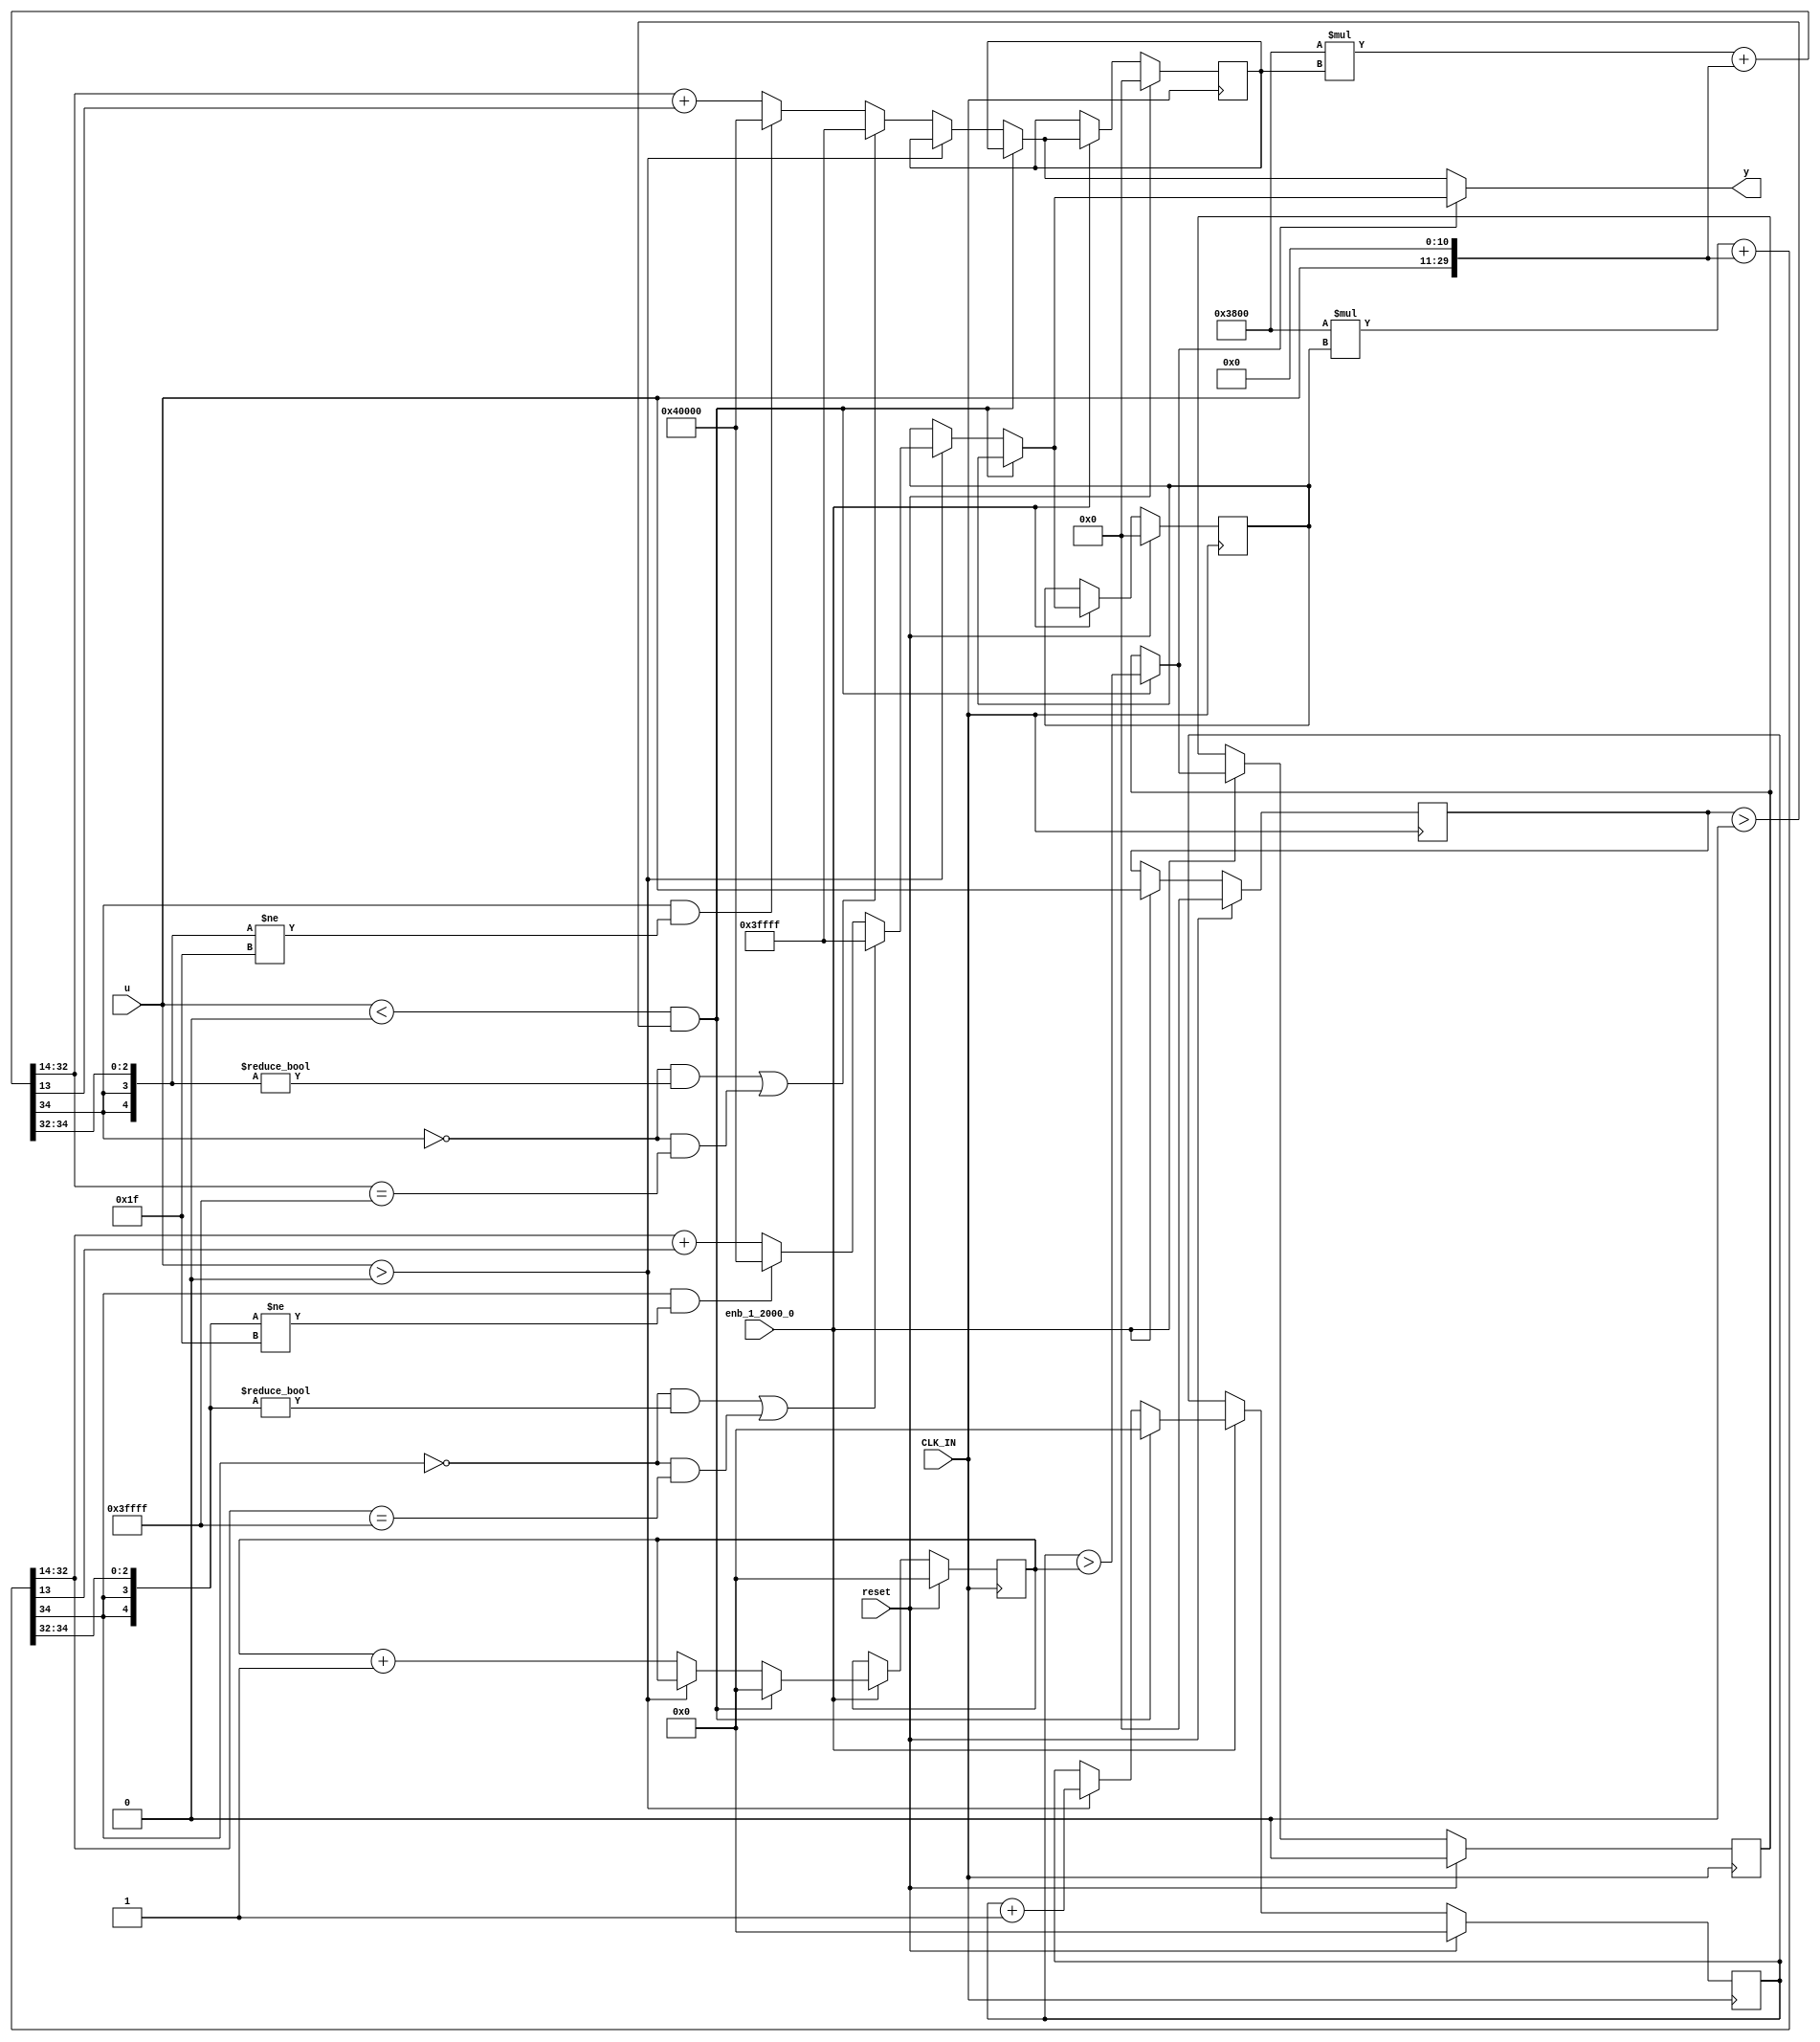
module controllerHdl_MATLAB_Function_block3
          (
           CLK_IN,
           reset,
           enb_1_2000_0,
           u,
           y
          );


  input   CLK_IN;
  input   reset;
  input   enb_1_2000_0;
  input   signed [18:0] u;  // sfix19_En14
  output  signed [18:0] y;  // sfix19_En14


  reg signed [18:0] y_1;  // sfix19_En14
  reg  sel;
  reg [15:0] count_n;  // ufix16
  reg [15:0] count_p;  // ufix16
  reg signed [18:0] u_n1;  // sfix19
  reg signed [18:0] u_filter_p;  // sfix19
  reg signed [18:0] u_filter_n;  // sfix19
  reg  sel_next;
  reg [15:0] count_n_next;  // ufix16
  reg [15:0] count_p_next;  // ufix16
  reg signed [18:0] u_n1_next;  // sfix19_En14
  reg signed [18:0] u_filter_p_next;  // sfix19_En14
  reg signed [18:0] u_filter_n_next;  // sfix19_En14
  reg signed [37:0] a1_1;  // sfix38_En28
  reg signed [37:0] b1_1;  // sfix38_En28
  reg signed [37:0] c1_1;  // sfix38_En28
  reg signed [37:0] a1_0_1;  // sfix38_En28
  reg signed [37:0] b1_0_1;  // sfix38_En28
  reg signed [37:0] c1_0_1;  // sfix38_En28
  reg  sel_temp_1;
  reg signed [18:0] u_filter_p_temp_1;  // sfix19_En14
  reg signed [18:0] u_filter_n_temp_1;  // sfix19_En14


  always @(posedge CLK_IN)
    begin : MATLAB_Function_process
      if (reset == 1'b1) begin
        sel <= 1'b0;
        u_n1 <= 19'sb0000000000000000000;
        u_filter_p <= 19'sb0000000000000000000;
        u_filter_n <= 19'sb0000000000000000000;
        count_n <= 16'b0000000000000000;
        count_p <= 16'b0000000000000000;
      end
      else if (enb_1_2000_0) begin
        sel <= sel_next;
        count_n <= count_n_next;
        count_p <= count_p_next;
        u_n1 <= u_n1_next;
        u_filter_p <= u_filter_p_next;
        u_filter_n <= u_filter_n_next;
      end
    end

  always @(u, sel, count_n, count_p, u_n1, u_filter_p, u_filter_n) begin
    sel_temp_1 = sel;
    u_filter_p_temp_1 = u_filter_p;
    u_filter_n_temp_1 = u_filter_n;
    count_n_next = count_n;
    count_p_next = count_p;
    //MATLAB Function 'MATLAB Function': '<S4>:1'
    if ((u < 19'sb0000000000000000000) && (u_n1 > 19'sb0000000000000000000)) begin
      //'<S4>:1:25'
      sel_temp_1 = count_p > count_n;
      //'<S4>:1:26'
      count_n_next = 16'b0000000000000000;
      //'<S4>:1:27'
      count_p_next = 16'b0000000000000000;
    end
    else if (u > 19'sb0000000000000000000) begin
      //'<S4>:1:31'
      a1_0_1 = 14336 * u_filter_p;
      b1_0_1 = {{8{u[18]}}, {u, 11'b00000000000}};
      c1_0_1 = a1_0_1 + b1_0_1;
      if (((c1_0_1[37] == 1'b0) && (c1_0_1[36:32] != 5'b00000)) || ((c1_0_1[37] == 1'b0) && (c1_0_1[32:14] == 19'sb0111111111111111111))) begin
        u_filter_p_temp_1 = 19'sb0111111111111111111;
      end
      else if ((c1_0_1[37] == 1'b1) && (c1_0_1[36:32] != 5'b11111)) begin
        u_filter_p_temp_1 = 19'sb1000000000000000000;
      end
      else begin
        u_filter_p_temp_1 = c1_0_1[32:14] + $signed({1'b0, c1_0_1[13]});
      end
      //'<S4>:1:32'
      count_p_next = count_p + 1;
    end
    else begin
      //'<S4>:1:34'
      a1_1 = 14336 * u_filter_n;
      b1_1 = {{8{u[18]}}, {u, 11'b00000000000}};
      c1_1 = a1_1 + b1_1;
      if (((c1_1[37] == 1'b0) && (c1_1[36:32] != 5'b00000)) || ((c1_1[37] == 1'b0) && (c1_1[32:14] == 19'sb0111111111111111111))) begin
        u_filter_n_temp_1 = 19'sb0111111111111111111;
      end
      else if ((c1_1[37] == 1'b1) && (c1_1[36:32] != 5'b11111)) begin
        u_filter_n_temp_1 = 19'sb1000000000000000000;
      end
      else begin
        u_filter_n_temp_1 = c1_1[32:14] + $signed({1'b0, c1_1[13]});
      end
      //'<S4>:1:35'
      count_n_next = count_n + 1;
    end
    //'<S4>:1:39'
    u_n1_next = u;
    if (sel_temp_1) begin
      //'<S4>:1:40'
      //'<S4>:1:41'
      y_1 = u_filter_p_temp_1;
    end
    else begin
      //'<S4>:1:43'
      y_1 = u_filter_n_temp_1;
    end
    sel_next = sel_temp_1;
    u_filter_p_next = u_filter_p_temp_1;
    u_filter_n_next = u_filter_n_temp_1;
  end



  assign y = y_1;

endmodule